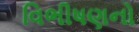
વિભીષણનો